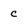
Character: c